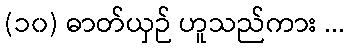
(၁၀) ဓာတ်ယှဉ် ဟူသည်ကား ...